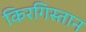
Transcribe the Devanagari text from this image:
किरगिस्तान